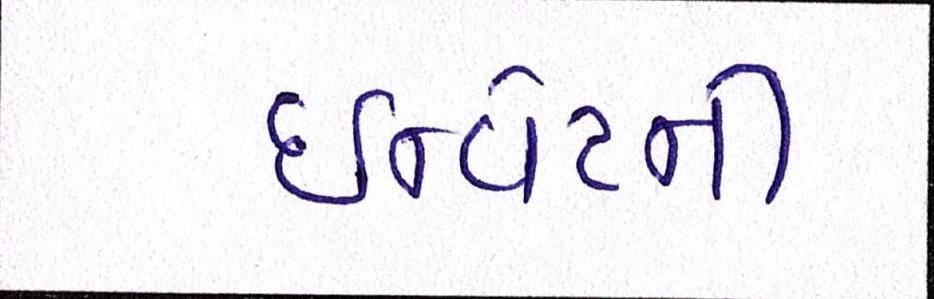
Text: ઇવેન્ટની